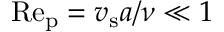
\mathrm { R e _ { \mathrm { p } } } = { v } _ { \mathrm { s } } a / \nu \ll 1